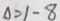
\Delta = 1 - 8